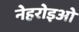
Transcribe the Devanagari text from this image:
नेहरोइओ